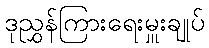
ဒုညွှန်ကြားရေးမှူးချုပ်